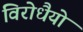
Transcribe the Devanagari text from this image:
विरोधैयो